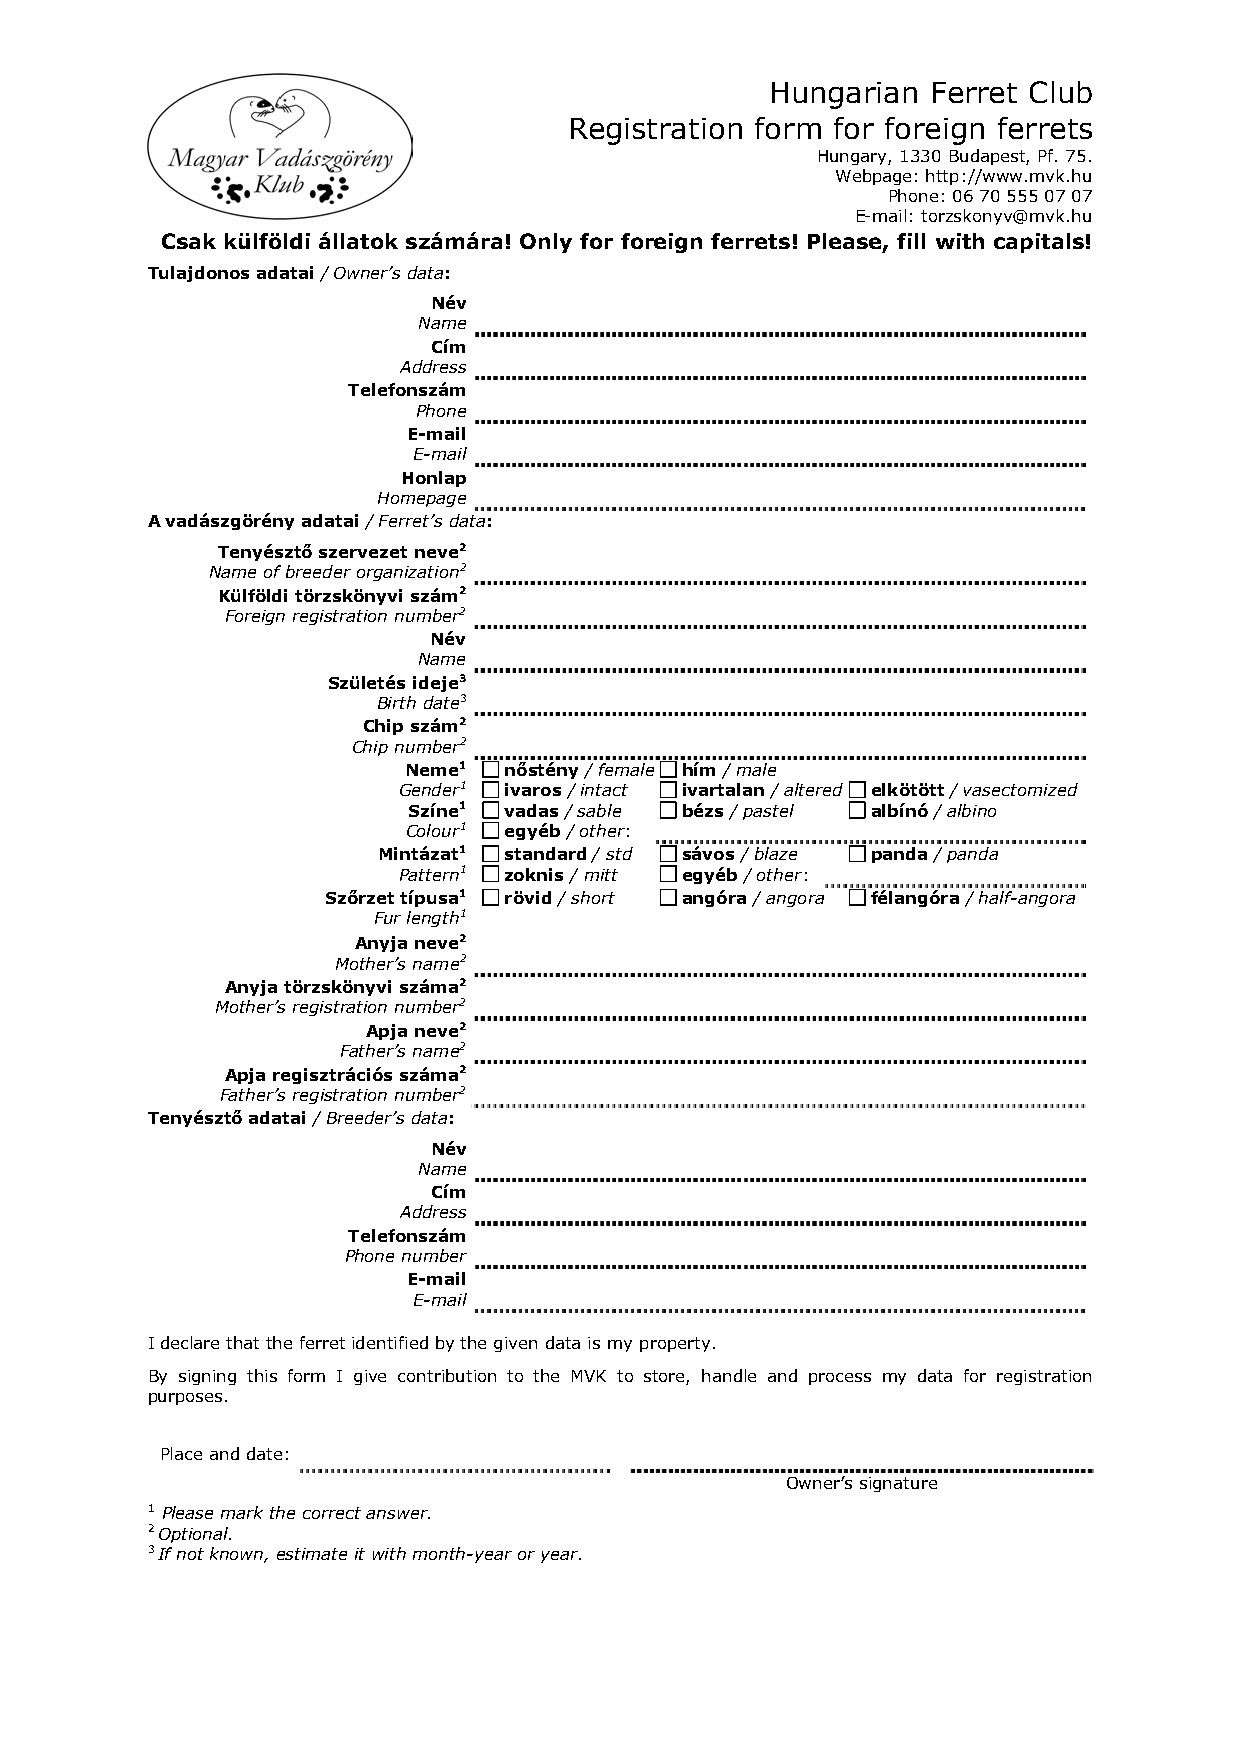
Hungarian  Ferret Club
 Registration form for foreign ferrets
 Hungary, 1330 Budapest, Pf. 75.
 Webpage: http://www.mvk.hu
 Phone: 06 70 555 07 07
 E-mail: torzskonyv@mvk.hu
 Csak külföldi állatok számára! Only for foreign ferrets! Please, fill with capitals!
 Tulajdonos adatai / Owner’s data:
 Név
 Name
 Cím
 Address
 Telefonszám
 Phone
 E-mail
 E-mail
 Honlap
 Homepage
 A vadászgörény adatai / Ferret’s data:
 Tenyésztő szervezet neve2
 Name of breeder organization2
 Külföldi törzskönyvi szám2
 Foreign registration number2
 Név
 Name
 Születés ideje3
 Birth date3
 Chip szám2
 Chip number2
 Neme1 nőstény / female hím / male
 Gender1 ivaros / intact ivartalan / altered elkötött / vasectomized
 Színe1 vadas / sable bézs / pastel albínó / albino
 Colour1 egyéb / other:
 Mintázat1 standard / std sávos / blaze panda / panda
 Pattern1 zoknis / mitt egyéb / other:
 Szőrzet típusa1 rövid / short angóra / angora félangóra / half-angora
 Fur length1
 Anyja neve2
 Mother’s name2
 Anyja törzskönyvi száma2
 Mother’s registration number2
 Apja neve2
 Father’s name2
 Apja regisztrációs száma2
 Father’s registration number2
 Tenyésztő adatai / Breeder’s data:
 Név
 Name
 Cím
 Address
 Telefonszám
 Phone number
 E-mail
 E-mail
 I declare that the ferret identified by the given data is my property.
 By signing this form I give contribution to the MVK to store, handle and process my data for registration
 purposes.
 Place and date:
 Owner’s signature
 1 Please mark the correct answer.
 2 Optional.
 3 If not known, estimate it with month-year or year.